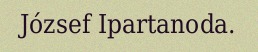
József Ipartanoda.